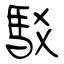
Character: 駁